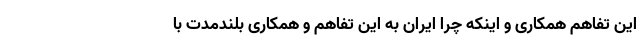
این تفاهم همکاری و اینکه چرا ایران به این تفاهم و همکاری بلندمدت با